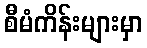
စီမံကိန်းများမှာ